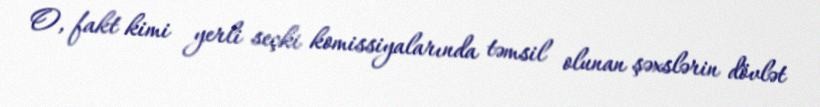
O, fakt kimi yerli seçki komissiyalarında təmsil olunan şəxslərin dövlət